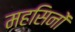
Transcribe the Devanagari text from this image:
महसिनों